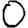
Digit: 0